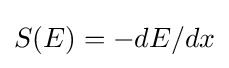
S(E)=-dE/dx